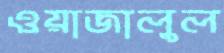
ওয়াজালুল